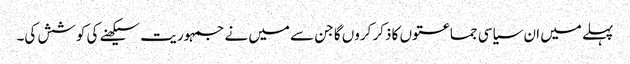
پہلے میں ان سیاسی جماعتوں کا ذکر کروں گا جن سے میں نے جمہوریت سیکھنے کی کوشش کی۔